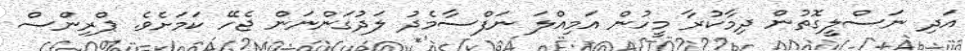
އަދި ނަސްލީގޮތުން ދިމާކުރާ މީހުން އަމިއްލަ ނަފްސާމެދު ލަދުގަންނަން ޖެހޭ ކަމަށެވެ. ޕްރިންސް